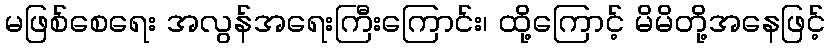
မဖြစ်စေရေး အလွန်အရေးကြီးကြောင်း၊ ထို့ကြောင့် မိမိတို့အနေဖြင့်